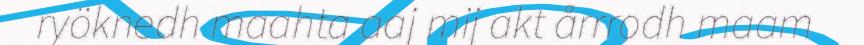
ryöknedh maahta aaj mij akt årrrodh maam